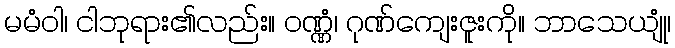
မမံဝါ၊ ငါဘုရား၏လည်း။ ဝဏ္ဏံ၊ ဂုဏ်ကျေးဇူးကို။ ဘာသေယျုံ၊